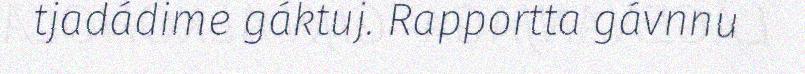
tjadádime gáktuj. Rapportta gávnnu